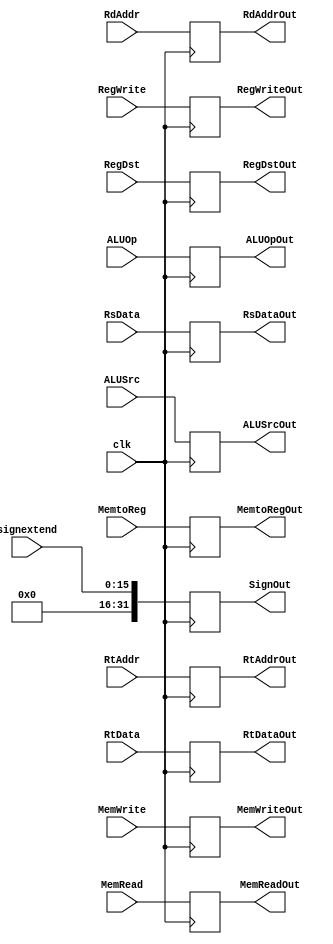
module ID_EX(
	// Outputs
	output reg [1:0]ALUOpOut,
	output reg RegWriteOut, RegDstOut, ALUSrcOut, MemWriteOut, MemReadOut, MemtoRegOut,
	output reg [31:0]RsDataOut,RtDataOut,
	output reg [31:0]SignOut,
	output reg [4:0]RtAddrOut, RdAddrOut,
	// Inputs
	input wire [1:0]ALUOp,
	input wire clk, RegWrite, RegDst, ALUSrc, MemWrite, MemRead, MemtoReg,
	input wire [31:0]RsData,RtData,
	input wire [15:0]signextend,
	input wire [4:0]RtAddr, RdAddr
);

	
	always @ (posedge clk)
	begin
		RegWriteOut <= RegWrite;
		MemtoRegOut <= MemtoReg;
		MemWriteOut <= MemWrite;
		MemReadOut <= MemRead;
		RegDstOut <= RegDst;
		ALUOpOut <= ALUOp;
		ALUSrcOut <= ALUSrc;
		
		RsDataOut <= RsData;
		RtDataOut <= RtData;
		SignOut <= {0, signextend};
		RtAddrOut <= RtAddr;
		RdAddrOut <= RdAddr;
	end
endmodule